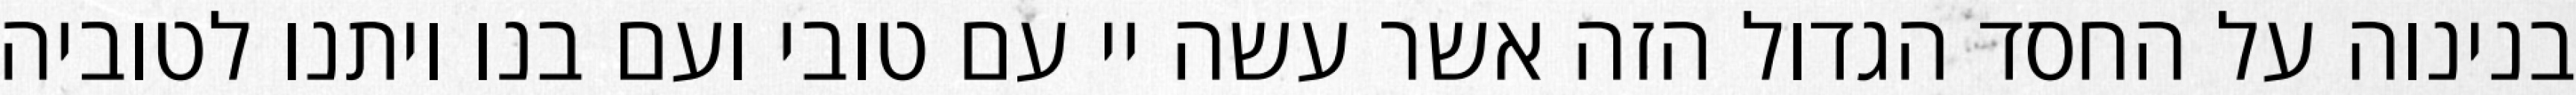
בנינוה על החסד הגדול הזה אשר עשה יי עם טובי ועם בנו ויתנו לטוביה